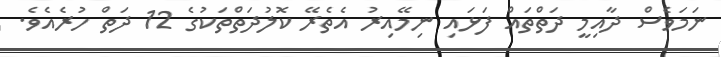
ނަމަވެސް ދާއިމީ ދަތްތައް ފަޅައި ނިމޭއިރު އެތެރޭ ކޮލުދަތްތަކުގެ 12 ދަތް ހުރެއެވެ.